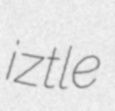
iztle